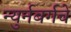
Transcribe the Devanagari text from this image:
न्युर्नबर्गचे